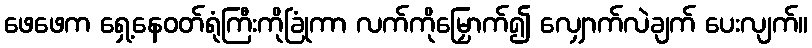
ဖေဖေက ရှေ့နေဝတ်ရုံကြီးကိုခြုံကာ လက်ကိုမြှောက်၍ လျှောက်လဲချက် ပေးလျက်။